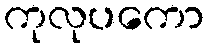
ကုလုပကော